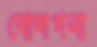
বোলগনা